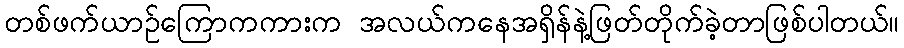
တစ်ဖက်ယာဉ်ကြောကကားက အလယ်ကနေအရှိန်နဲ့ဖြတ်တိုက်ခဲ့တာဖြစ်ပါတယ်။